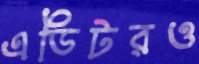
এডিটরও